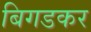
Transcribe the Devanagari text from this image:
बिगडकर